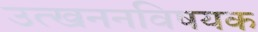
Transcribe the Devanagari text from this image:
उत्खननविषयक